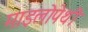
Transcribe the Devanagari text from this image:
माइलोपेथी